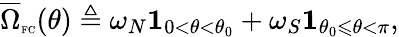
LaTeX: \overline{{\Omega}}_{\textnormal{\tiny{FC}}}(\theta)\triangleq\omega_{N}\mathbf{1}_{0<\theta<\theta_{0}}+\omega_{S}\mathbf{1}_{\theta_{0}\leqslant\theta<\pi},